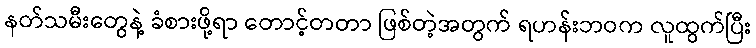
နတ်သမီးတွေနဲ့ ခံစားဖို့ရာ တောင့်တတာ ဖြစ်တဲ့အတွက် ရဟန်းဘဝက လူထွက်ပြီး